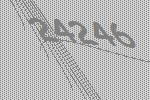
24246